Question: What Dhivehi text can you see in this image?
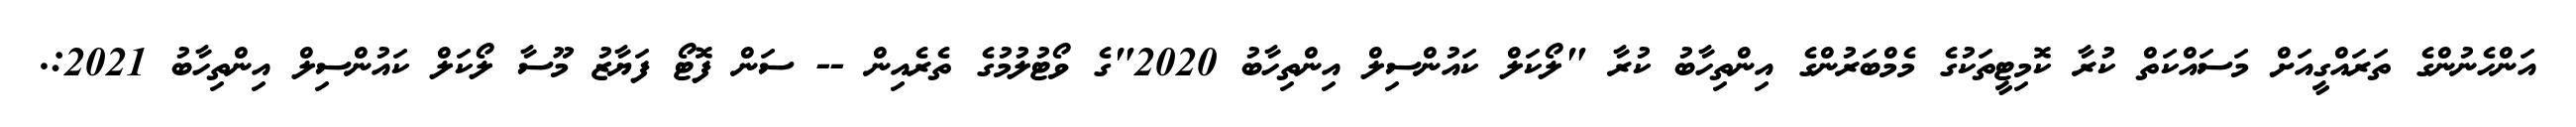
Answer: އަންހެނުންގެ ތަރައްގީއަށް މަސައްކަތް ކުރާ ކޮމިޓީތަކުގެ މެމްބަރުންގެ އިންތިހާބު ކުރާ "ލޯކަލް ކައުންސިލް އިންތިހާބު 2020"ގެ ވޯޓުލުމުގެ ތެރެއިން -- ސަން ފޮޓޯ ފަޔާޒު މޫސާ ލޯކަލް ކައުންސިލް އިންތިހާބު 2021:.